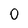
Character: O